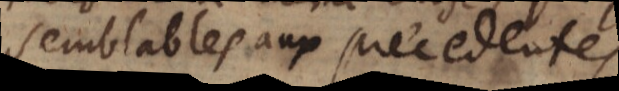
semblables aux precedentes.